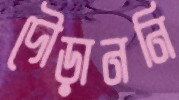
দৌড়াননি